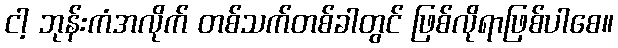
ငါ့ ဘုန်းကံအလိုက် တစ်သက်တစ်ခါတွင် ဖြစ်လိုရာဖြစ်ပါစေ။